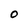
Character: O